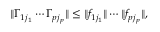
\| \Gamma _ { 1 j _ { 1 } } \cdots \Gamma _ { p j _ { p } } \| \le \| f _ { 1 j _ { 1 } } \| \cdots \| f _ { p j _ { p } } \| ,